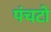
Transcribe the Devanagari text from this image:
पंचटो